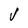
Character: V